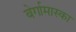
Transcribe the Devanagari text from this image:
बेर्गामास्का